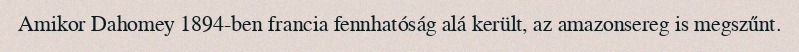
Amikor Dahomey 1894-ben francia fennhatóság alá került, az amazonsereg is megszűnt.